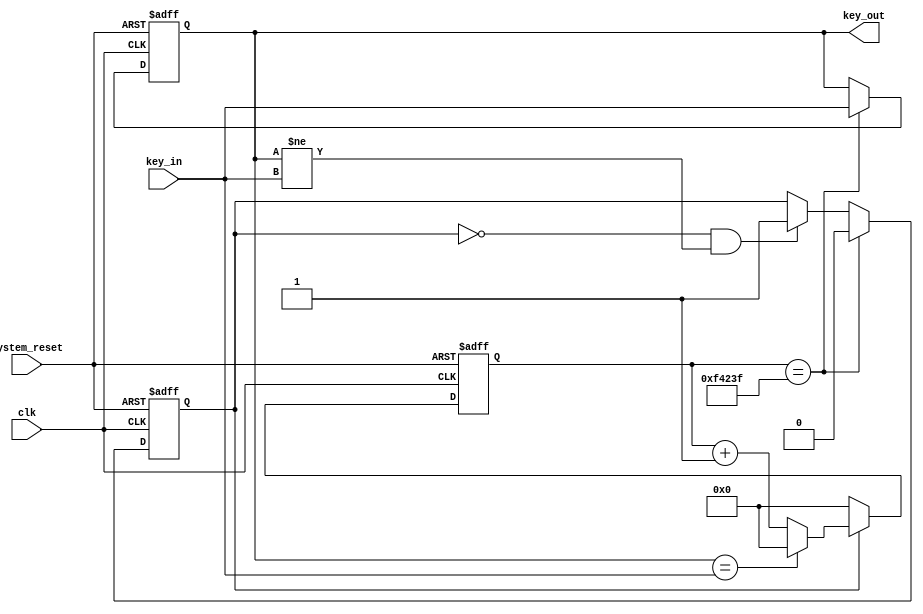
/*
		Student Name: Yang Li
		Studen Number: 1715977	
*/
module key_filter(	clk,
													system_reset,
													key_in,
													key_out

 );
 
 input 					clk;
 
 input 					system_reset,
									key_in;
									
output 				key_out;

wire 						clk,
									system_reset,
									key_in;
									
reg							key_out;
						


//    localparam TIME_20MS = 1_000_000;
    localparam TIME_20MS = 1000_000; //1000_000

    reg key_cnt;
    reg [20:0] cnt;

   always @(posedge clk or negedge system_reset) begin
        if(system_reset == 0)
            key_cnt <= 0;
        else if(cnt == TIME_20MS - 1)
            key_cnt <= 0;
        else if(key_cnt == 0 && key_out != key_in)
            key_cnt <= 1;
    end

    always @(posedge clk or negedge system_reset) begin
        if(system_reset == 0)
            cnt <= 0;
        else if(key_cnt) begin
            if(key_out == key_in)
                cnt <= 0;
            else
                cnt <= cnt + 1'b1;
        end
        else
            cnt <= 0;
    end
     
     always @(posedge clk or negedge system_reset) begin
            if(system_reset == 0)
                key_out <= 0;
            else if(cnt == TIME_20MS - 1)
                key_out <= key_in;
     end
endmodule





/*module key_filter(clk,
												system_reset,
												key,
												key_out											
);

input		 				clk;
input  					system_reset,
									key;
									
output 				key_out;

reg 							key_out,
									key_value,
									key_flag,
									key_reg;
// 50MHZ20ns0.2s
// delay_cnt  count 1000_000
reg[19:0]	delay_cnt;
//
always@(posedge clk or negedge system_reset)
begin
			if(~system_reset)
			begin
						key_reg <= 1'b1;
						delay_cnt <= 20'b0;
			end
			
			else
			begin
						 key_reg <= key;
						 if(key != key_reg)
									delay_cnt <= 20'd1000000;		
						else
						begin
									if(delay_cnt > 20'd0)
												delay_cnt <= delay_cnt -1'b1;
									else
												delay_cnt <= 20'd0;
						end
			 end		
end
// 
always@(posedge clk or negedge system_reset)
begin
			if(~system_reset)
			begin
						key_value <= 1'b1;
						key_flag <= 1'b0;
			end
			else
			begin
						if(delay_cnt == 20'd1)
						begin
									key_flag <= 1'b1;
									key_value <= key;
						end
						
						else
						begin
									key_flag <= 1'b0;
									key_value <= key_value;
						end
			end
end
always@(posedge clk)
begin
			if(key_flag && (~key_value))
						key_out <= 1'b0;
			else
						key_out <= 1'b1;
end
endmodule

*/